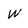
Character: W